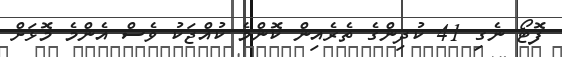
ފޮޓޯ ނެގި 41 ކުދިންގެ ތެރެއިން ކޮންމެ ކުއްޖަކު ވެސް އެންމެ މޮޅަށް